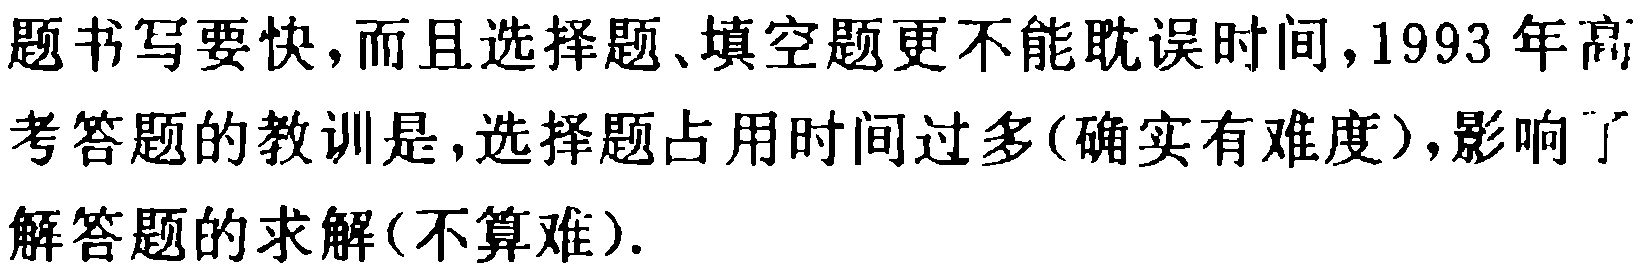
题书写要快,而且选择题、填空题更不能耽误时间,1993 年高考答题的教训是,选择题占用时间过多(确实有难度),影响了解答题的求解(不算难).